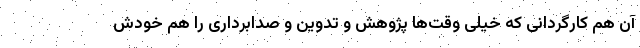
آن هم کارگردانی که خیلی وقت‌ها پژوهش و تدوین و صدابرداری را هم خودش